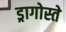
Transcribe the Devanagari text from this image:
ड्रागोस्ते